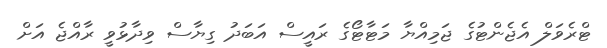
ޓްރެވަލް އެޖެންޓުގެ ޖަމިއްޔާ މަޓާޓޯގެ ރައީސް އަބަދު ގިޔާސް ވިދާޅުވީ ރާއްޖެ އަށް